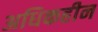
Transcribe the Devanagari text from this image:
अधिकहीन